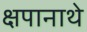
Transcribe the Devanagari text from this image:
क्षपानाथे